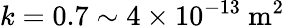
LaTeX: k=0.7\sim 4\times 10^{-13}\ \mathrm{m^{2}}